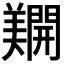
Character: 𨷑